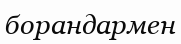
борандармен